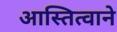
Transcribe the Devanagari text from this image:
आस्तित्वाने